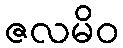
ဇလမိဝ